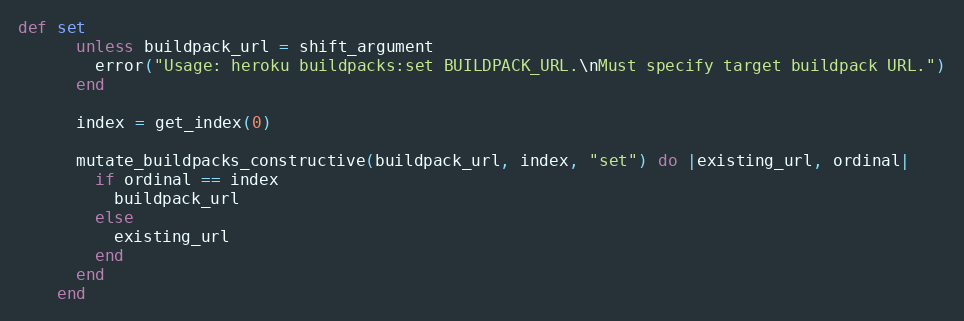
Language: Ruby
def set
      unless buildpack_url = shift_argument
        error("Usage: heroku buildpacks:set BUILDPACK_URL.\nMust specify target buildpack URL.")
      end

      index = get_index(0)

      mutate_buildpacks_constructive(buildpack_url, index, "set") do |existing_url, ordinal|
        if ordinal == index
          buildpack_url
        else
          existing_url
        end
      end
    end